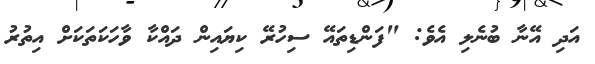
އަދި އޭނާ ބުނެލި އެވެ: "ފަންޑިތައޭ ސިހުރޭ ކިޔައިން ދައްކާ ވާހަކަތަކަށް އިތުރު